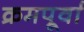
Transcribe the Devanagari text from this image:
क्रमपूर्वा